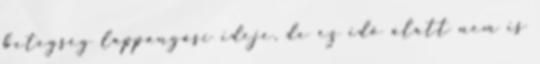
betegség lappangási ideje, de ez idő alatt nem is